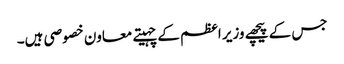
جس کے پیچھے وزیر اعظم کے چہیتے معاون خصوصی ہیں۔